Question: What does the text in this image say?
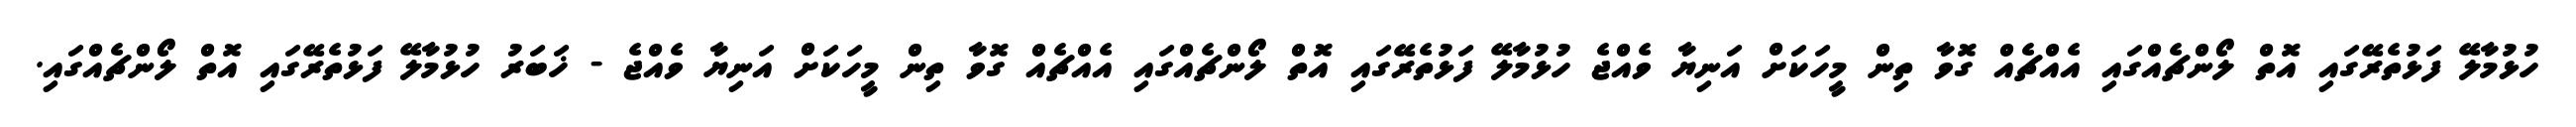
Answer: ހުޅުމާލޭ ފަޅުތެރޭގައި އޮތް ލޯންޗެއްގައި އެއްޗެއް ގޮވާ ތިން މީހަކަށް އަނިޔާ ވެއްޖެ ހުޅުމާލޭ ފަޅުތެރޭގައި އޮތް ލޯންޗެއްގައި އެއްޗެއް ގޮވާ ތިން މީހަކަށް އަނިޔާ ވެއްޖެ - ޚަބަރު ހުޅުމާލޭ ފަޅުތެރޭގައި އޮތް ލޯންޗެއްގައި.